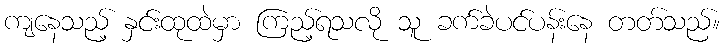
ကျနေသည့် နှင်းထုထဲမှာ ကြည့်ရသလို သူ ခက်ခဲပင်ပန်းနေ တတ်သည်။